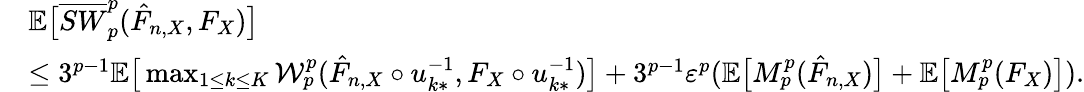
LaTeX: \begin{array}{rl}&{\mathbb{E}\big[\overline{{SW}}_{p}^{p}(\hat{F}_{n,X},F_{X})\big]}\\ &{\leq 3^{p-1}\mathbb{E}\big[\operatorname*{max}_{1\leq k\leq K}\mathcal{W}_{p}^{p}(\hat{F}_{n,X}\circ u_{k*}^{-1},F_{X}\circ u_{k*}^{-1})\big]+3^{p-1}\varepsilon^{p}(\mathbb{E}\big[M_{p}^{p}(\hat{F}_{n,X})\big]+\mathbb{E}\big[M_{p}^{p}(F_{X})\big]).}\end{array}